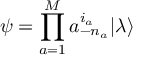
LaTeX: \psi = \prod _ { a = 1 } ^ { M } a _ { - n _ { a } } ^ { i _ { a } } | \lambda \rangle